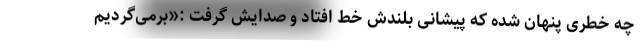
چه خطری پنهان شده که پیشانی بلندش خط افتاد و صدایش گرفت :«برمی‌گردیم